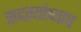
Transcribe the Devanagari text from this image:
सदस्यांच्याच